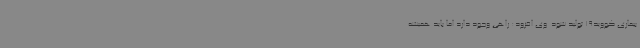
بیماری کووید19 تولید شود. وی افزود: راهی وجود دارد اما باید همیشه